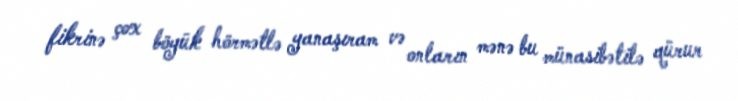
fikrinə çox böyük hörmətlə yanaşıram və onların mənə bu münasibətilə qürur